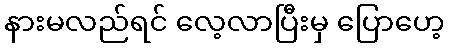
နားမလည်ရင် လေ့လာပြီးမှ ပြောဟေ့